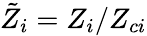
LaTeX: \tilde{Z}_{i}=Z_{i}/Z_{ci}